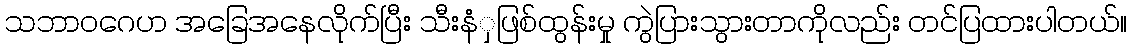
သဘာဝဂေဟ အခြေအနေလိုက်ပြီး သီးနံှဖြစ်ထွန်းမှု ကွဲပြားသွားတာကိုလည်း တင်ပြထားပါတယ်။